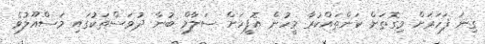
ގިނަ ފަހަރަށް މިގޮތަށް ކަންތައްކުރާ މީހުން އޮފީހަށް ސަލާމް ބުނާ ދުވަސްތަކުގައި މަސްއޫލުވެ